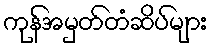
ကုန်အမှတ်တံဆိပ်များ